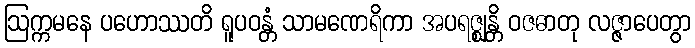
ဩက္ကမနေ ပဟောဿတိ ရူပဝန္တံ သာမဏေရိကာ အပရဇ္ဈန္တိ ဝဇဓာတု လဇ္ဇာပေတွာ